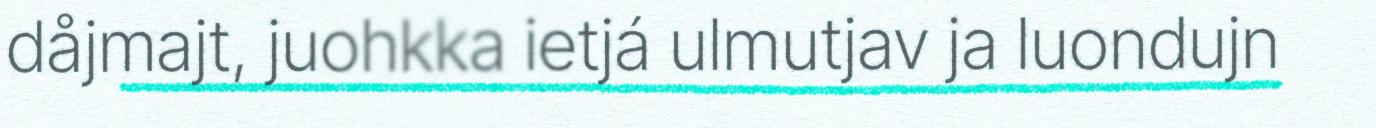
dåjmajt, juohkka ietjá ulmutjav ja luondujn